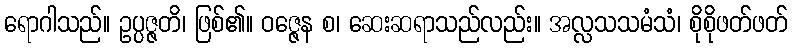
ရောဂါသည်။ ဥပ္ပဇ္ဇတိ၊ ဖြစ်၏။ ဝဇ္ဇေန စ၊ ဆေးဆရာသည်လည်း။ အလ္လသသမံသံ၊ စိုစိုဖတ်ဖတ်